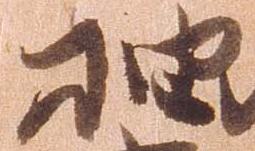
抽